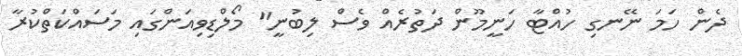
ދެން ހަމަ ނޭނގި ހުއްޓާ ހަނީމޫން ދަތުރެއް ވެސް ލިބުނީ" މޯލްޑިވިއަންގައި މަސައްކަތްކުރާ